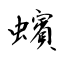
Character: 蠙